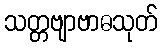
သတ္တဗျာဗာဓသုတ်